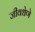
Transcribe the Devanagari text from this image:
जीवधेणे